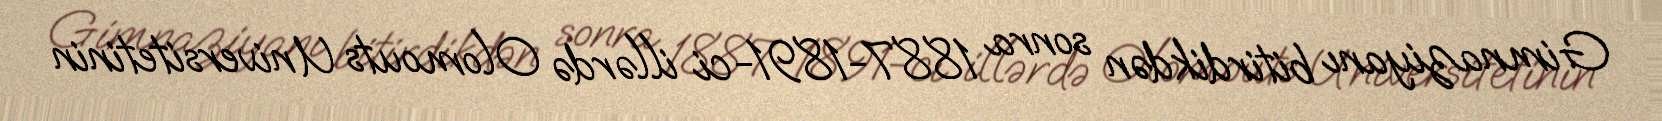
Gimnaziyanı bitirdikdən sonra 1887-1891-ci illərdə Olomouts Universitetinin